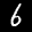
Label: 6